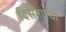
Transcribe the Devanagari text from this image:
दिसेनाश्या